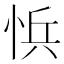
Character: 𭜾